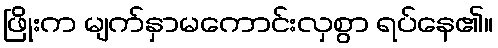
ဖြိုးက မျက်နှာမကောင်းလှစွာ ရပ်နေ၏။